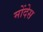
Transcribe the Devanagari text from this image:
मोंदेस